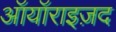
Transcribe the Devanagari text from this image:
ऑयॉराइज़द